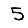
Digit: 5